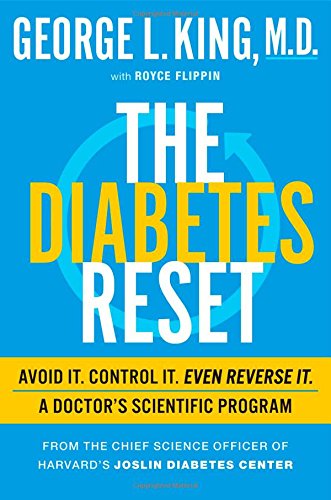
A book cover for The Diabetes Reset: Avoid It. Control It. Even Reverse It. A Doctor's Scientific Program; George King M.D.; Health, Fitness & Dieting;